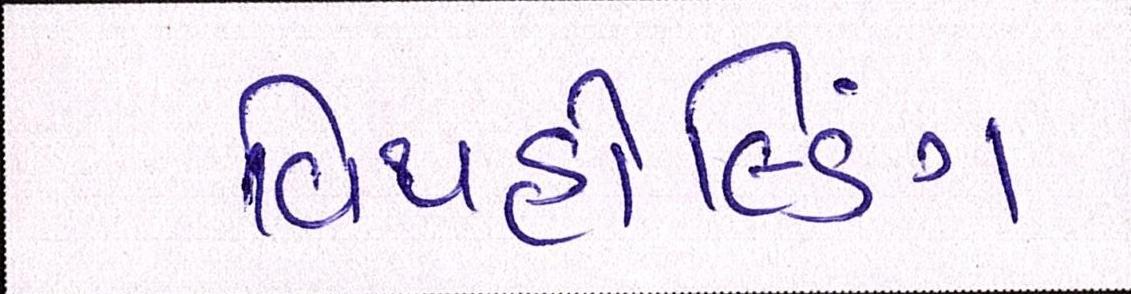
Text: વિથહોલ્ડિંગ